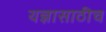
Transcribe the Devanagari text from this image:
यज्ञासाठीच